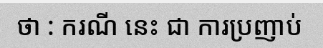
ថា : ករណី នេះ ជា ការប្រញាប់